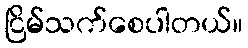
ငြိမ်သက်စေပါတယ်။